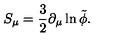
S _ { \mu } = \frac { 3 } { 2 } \partial _ { \mu } \ln { \tilde { \phi } } .